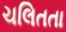
ચલિતતા